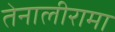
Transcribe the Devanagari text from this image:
तेनालीरामा